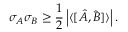
\sigma _ { A } \sigma _ { B } \geq { \frac { 1 } { 2 } } \left| \langle [ { \hat { A } } , { \hat { B } } ] \rangle \right| .